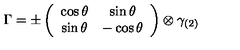
\Gamma = \pm \left( \begin{array} { c c } { \cos \theta } & { \sin \theta } \\ { \sin \theta } & { - \cos \theta } \\ \end{array} \right) \otimes \gamma _ { ( 2 ) }